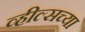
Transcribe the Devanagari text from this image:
व्हील्सच्या